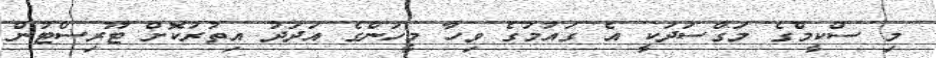
މި ސްކީމްގެ މަގްސަދަކީ އެ ގައުމުގެ ވިހާ މީހުންގެ އަދަދު އިތުރުކޮށް ޓޫރިސްޓުން